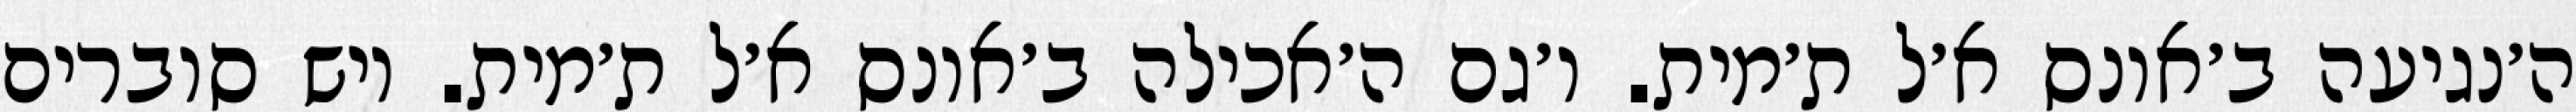
ה׳נגיעה ב׳אונס א׳ל ת׳מית. ו׳גם ה׳אכילה ב׳אונס א׳ל ת׳מית. ויש סוברים